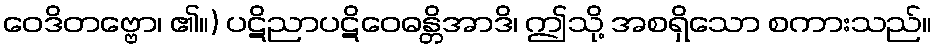
ဝေဒိတဗ္ဗော၊ ၏။) ပဋိညာပဋိဝေဓန္တိအာဒိ၊ ဤသို့ အစရှိသော စကားသည်။